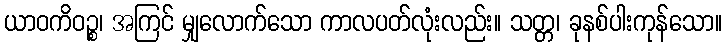
ယာဝကိဝဉ္စ၊ အကြင် မျှလောက်သော ကာလပတ်လုံးလည်း။ သတ္တ၊ ခုနစ်ပါးကုန်သော။